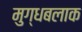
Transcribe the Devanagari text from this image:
मुग्धबलाक